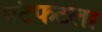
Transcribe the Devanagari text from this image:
मंटफटला